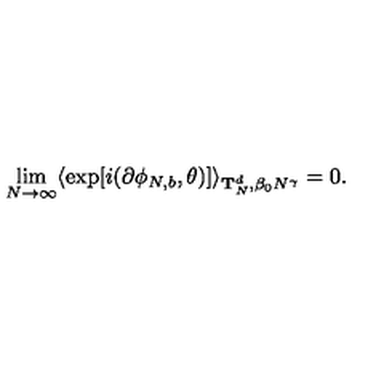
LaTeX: \lim _ { N \rightarrow \infty } \langle \exp [ i ( \partial \phi _ { N , b } , \theta ) ] \rangle _ { { \bf T } _ { N } ^ { d } , \beta _ { 0 } N ^ { \gamma } } = 0 .